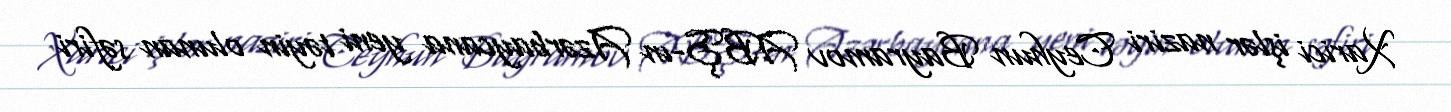
Xarici işlər naziri Ceyhun Bayramov ABŞ-ın Azərbaycana yeni təyin olunan səfiri